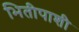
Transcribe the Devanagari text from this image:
भितीपाशी